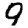
Digit: 9